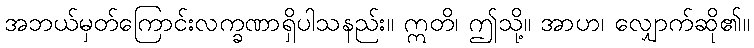
အဘယ်မှတ်ကြောင်းလက္ခဏာရှိပါသနည်း။ ဣတိ၊ ဤသို့။ အာဟ၊ လျှောက်ဆို၏။